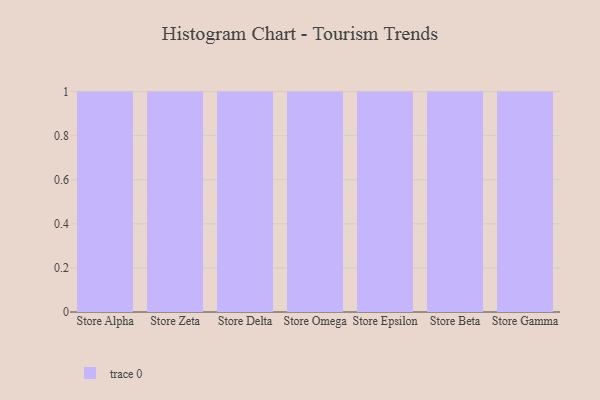
{"axis": {"x": "Store", "y": "Revenue (USD Million)"}, "legend": [""], "data": [{"x": "Store Alpha", "y": 12, "type": ""}, {"x": "Store Zeta", "y": 32, "type": ""}, {"x": "Store Delta", "y": 37, "type": ""}, {"x": "Store Omega", "y": 10, "type": ""}, {"x": "Store Epsilon", "y": 72, "type": ""}, {"x": "Store Beta", "y": 98, "type": ""}, {"x": "Store Gamma", "y": 67, "type": ""}]}